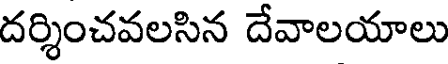
దర్శించవలసిన దేవాలయాలు